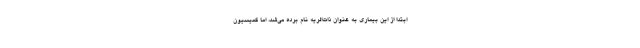
ابتدا از این بیماری به‌ عنوان ذات‌الریه نام ‌برده می‌شد، اما کمیسیون